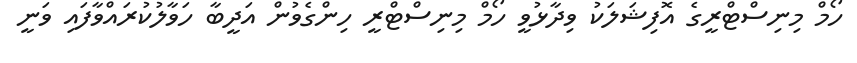
ހޯމް މިނިސްޓްރީގެ އޮފިޝަލަކު ވިދާޅުވީ ހޯމް މިނިސްޓްރީ ހިންގެވުން އަދީބާ ހަވާލުކުރައްވާފައި ވަނީ